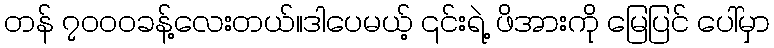
တန် ၇၀၀၀ခန့်လေးတယ်။ဒါပေမယ့် ၎င်းရဲ့ ဖိအားကို မြေပြင် ပေါ်မှာ